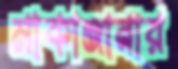
মাকাঞ্জানার